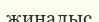
жиналыс